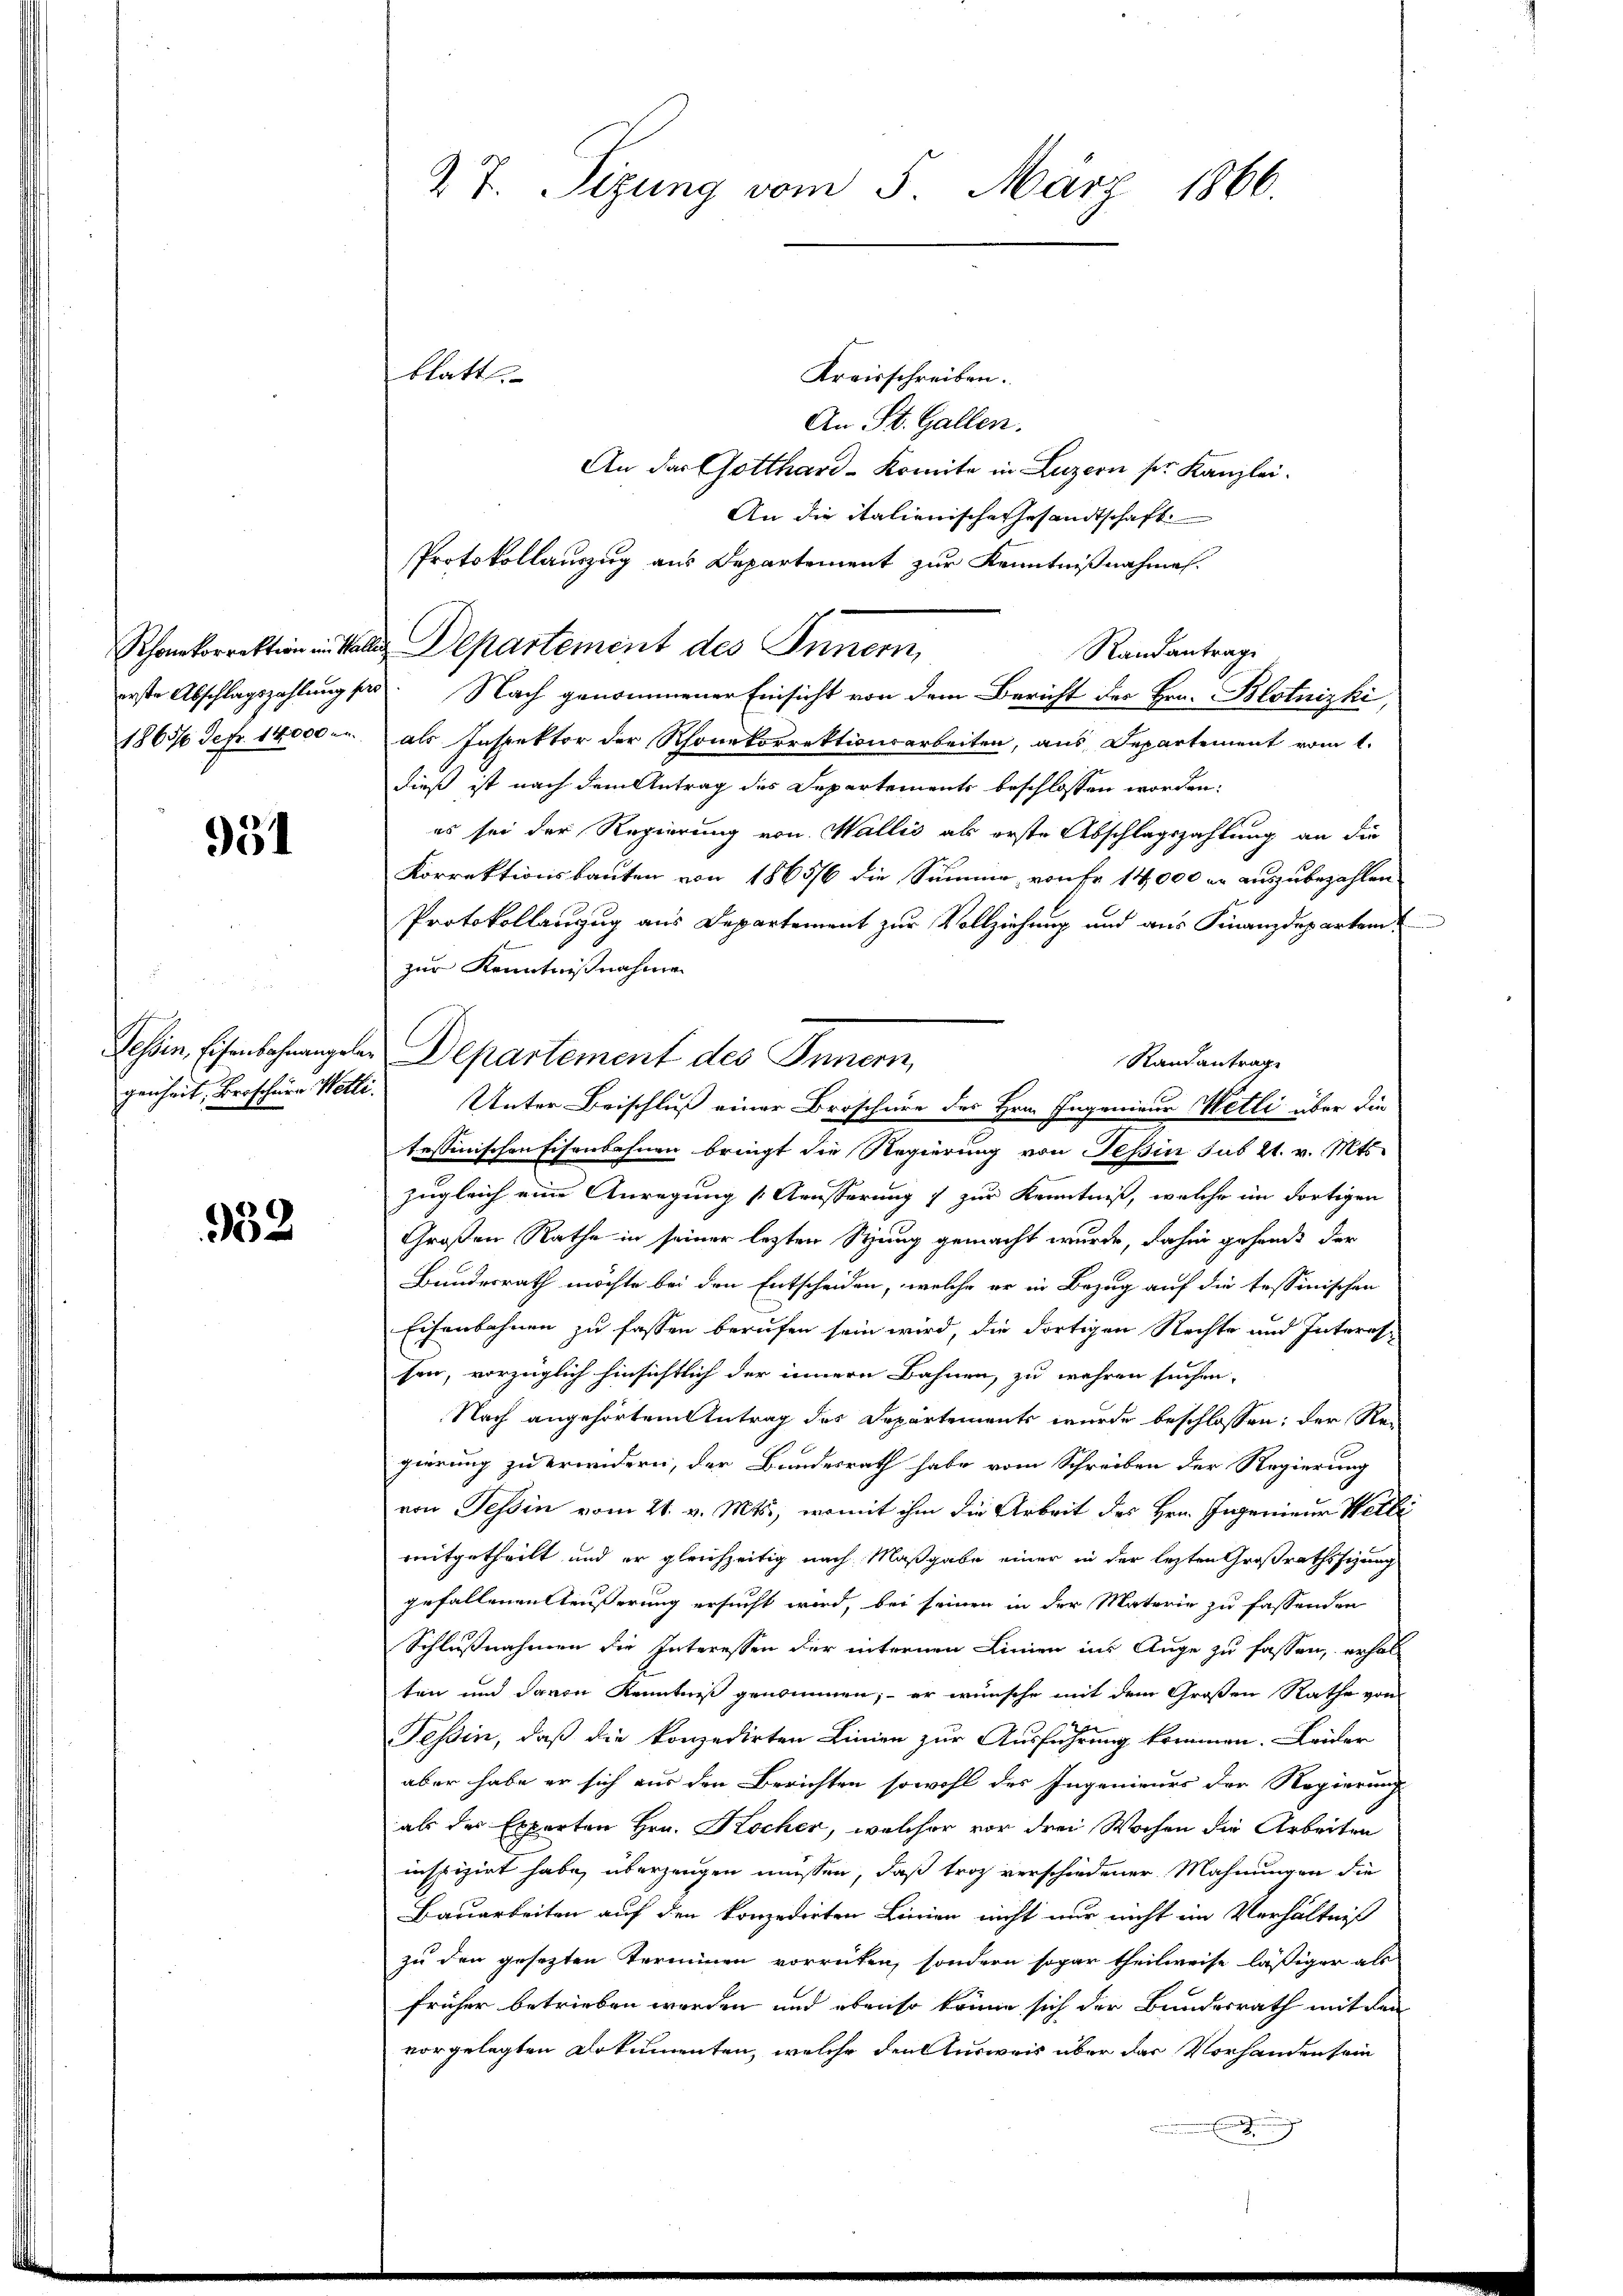
Rhonekorrektion im Hal
erste Abschlagszahlung se
1863/6 Defr. 14000 m.

954

Tessin, Eisenbahnangele
genheit, Broscher Welti.

932

27. Sizung vom 5. März 1866.

Kreisschreiben.
An St. Gallen.
An das Gotthard-Komite in Luzern ser Kanzlei.
An die italienische Gesandtschaft
Protokollauszug aus Departement zur Kenntnißnahmen.
 Departement des Innern,
Randantrage
u. Nach genommener Einsicht von dem Bericht des Hrn. Blotnizki,
als Inspektor der Rhonekorrektionsarbeiten, aus Departement vom 1.
dieß ist nach dem Antrag des Departements beschlossen worden:
es sei der Regierung von Wallis als erste Abschlagszahlung an die
Korrektionsbauten von 1865/6 die Summe von Fr. 14,000 er auszubezahlen
Protokollenzug aus Departement zur Vollziehung und aus Finanzdepartem
zur Kenntnißnahme
Departement des Innern,
Unter Beischluß einer Broschüre des Hrn. Ingenieur Metli über die
tessinischen Eisenbahnen bringt die Regierung von Tessin sub 21. v. Mts.
zugleich eine Anregung (Ääusserung 7 zur Kenntniß, welche im dortigen
Großen Rathe in seiner lezten Stung gemacht wurde, dahin gesandt der
Bundesrath möchte bei den Entscheiden, welche er in Bezug auf die tessinischen
Eisenbahnen zu fassen berufen sein wird, die dortigen Rechte und Interes
sen, vorzüglich hinsichtlich der innere Bahnen, zu wahren suchen.
Nach angehörtem Antrag des Departements wurde beschlossen; der Rei
gierung zu erindern, der Bundesrath habe vom Schreiben der Regierung
von Tessin vom 21. v. Mts., womit ihm die Arbeit des Hrn. Ingenieur Welti
mitgetheilt und er gleichzeitig nach Maßgabe einer in der lezten Großrathssitzung
gefallenen Äußerung ersucht wird, bei seinen in der Materie zu fassenden
Schlußnahmen die Interessen der internen Linien in Auge zu fassen, erhol
ten und davon Kenntniß genommen; – er wünsche mit dem Großen Rathe von
Tessin, daß die konzedirten Linien zur Ausführung kommen. Leider
aber habe er sich aus den Berichten sowohl des Ingenieurs der Regierung
als der Experten Hrn. Kocher, welcher vor drei Wochen die Arbeiten
inspizirt habe, überzeugen müssen, daß troz verschiedener Mahnungen die
Bauarbeiten auf den konzedirten Linien nicht nur nicht im Verhältniß
zu den gesetzten Terminen vorreten, sondern sogar theilweise lässiger als
früher betrieben worden und ebenso könne sich der Bundesrath mit den
vorgelegten Dokumenten, welche den Ausweis über das Vorhanden sein

blatt.

Rand antrage